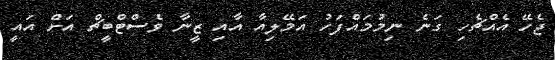
ޖެހޭ އެއްޗެހި ގަނެ ނިމުމައްފަހު އަމޭލިއާ އާއި ޒީނާ ވެސްޓްބީޗް އަށް އައީ